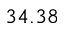
3 4 . 3 8